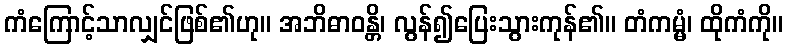
ကံကြောင့်သာလျှင်ဖြစ်၏ဟု။ အဘိဓာဝန္တိ၊ လွန်၍ပြေးသွားကုန်၏။ တံကမ္မံ၊ ထိုကံကို။